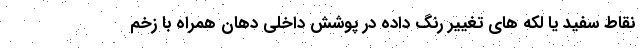
نقاط سفید یا لکه های تغییر رنگ داده در پوشش داخلی دهان همراه با زخم